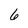
Character: 6